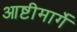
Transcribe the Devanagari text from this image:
आष्टीमार्गे